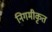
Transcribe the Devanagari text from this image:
निगमीकृत